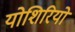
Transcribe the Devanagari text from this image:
योशिरियो